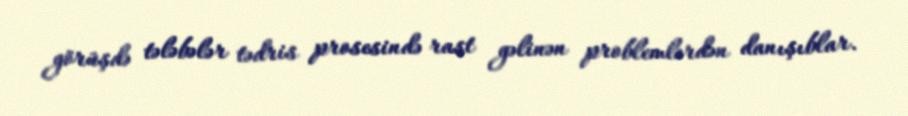
görüşdə tələbələr tədris prosesində rast gəlinən problemlərdən danışıblar.